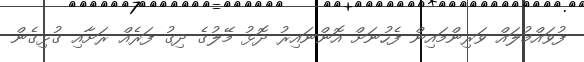
ފުވައްމުލައް ވަރިންމައިން ފެހުނަށް އޮންނައިރު ދޮޅު މޭލުގެ ދިގު ފަރެއް ރަށާއި ގުޅިގެން